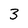
Character: 3